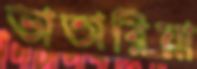
ভাতারিয়া